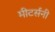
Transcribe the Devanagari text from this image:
मीटर्सनी